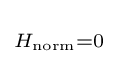
\scriptstyle H_{\mathrm {norm} }=0